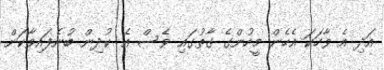
އަދި އެ ވާހަކަ އެހެން މީހުންގެ ގާތުގައި ވެސް އެ ކުދިން ބުނެފައިވާކަން